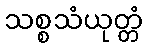
သစ္စသံယုတ္တံ